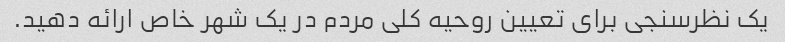
یک نظرسنجی برای تعیین روحیه کلی مردم در یک شهر خاص ارائه دهید.